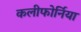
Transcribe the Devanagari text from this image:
कलीफोर्निया